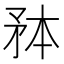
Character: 𭿸